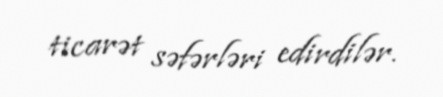
ticarət səfərləri edirdilər.